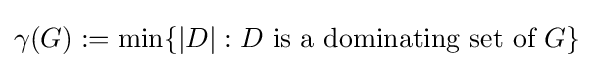
\gamma (G):=\min\{|D|:D{\text{ is a dominating set of }}G\}